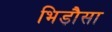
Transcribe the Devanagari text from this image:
भिड़ौसा